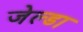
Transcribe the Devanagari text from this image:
जेल्डा